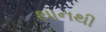
થાનથી